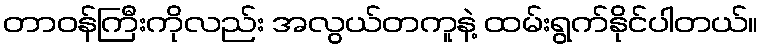
တာဝန်ကြီးကိုလည်း အလွယ်တကူနဲ့ ထမ်းရွက်နိုင်ပါတယ်။